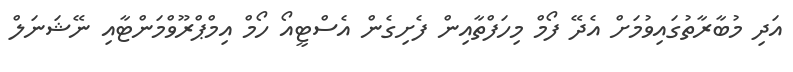
އަދި މުބާރާތުގައިވުމަށް އެދޭ ފޯމް މިހަފްތާއިން ފެށިގެން އެސްޓީއޯ ހޯމް އިމްޕްރޫވްމަންޓާއި ނޭޝަނަލް